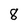
Character: 8